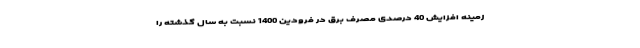
زمینه افزایش 40 درصدی مصرف برق در فرودین 1400 نسبت به سال گذشته را